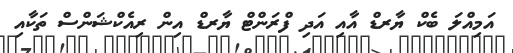
އަމިއްލަ ބެކް ޔާރޑް އާއި އަދި ފްރަންޓް ޔާރޑް އިން ރިއެކްޝަންސް ތަކާއި